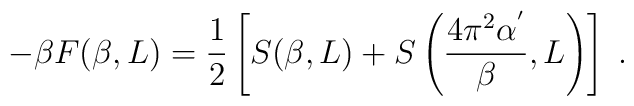
-\beta F(\beta,L)= \frac{1}{2}\left[S(\beta,L)+  S\left(\frac{4\pi^{2}\alpha^{'}}{\beta},L \right)\right]\;.